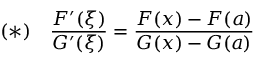
( * ) \quad { \frac { F ^ { \prime } ( \xi ) } { G ^ { \prime } ( \xi ) } } = { \frac { F ( x ) - F ( a ) } { G ( x ) - G ( a ) } }